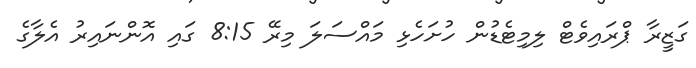
ގަޒީރާ ޕްރައިވެޓް ލިމިޓެޑުން ހުށަހެޅި މައްސަލަ މިރޭ 8:15 ގައި އޮންނައިރު އެލާގެ